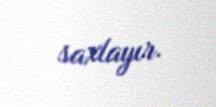
saxlayır.